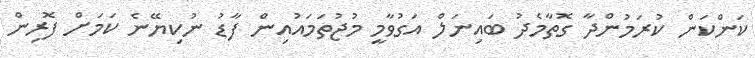
ކަންކަން ކުރަމުންދާ ގޮތާމެދު ބައިނަލް އަގުވާމީ މުޖުތަމައުއިން ފާޑު ނުކިޔޭނެ ކަމަށް ފޮރިން